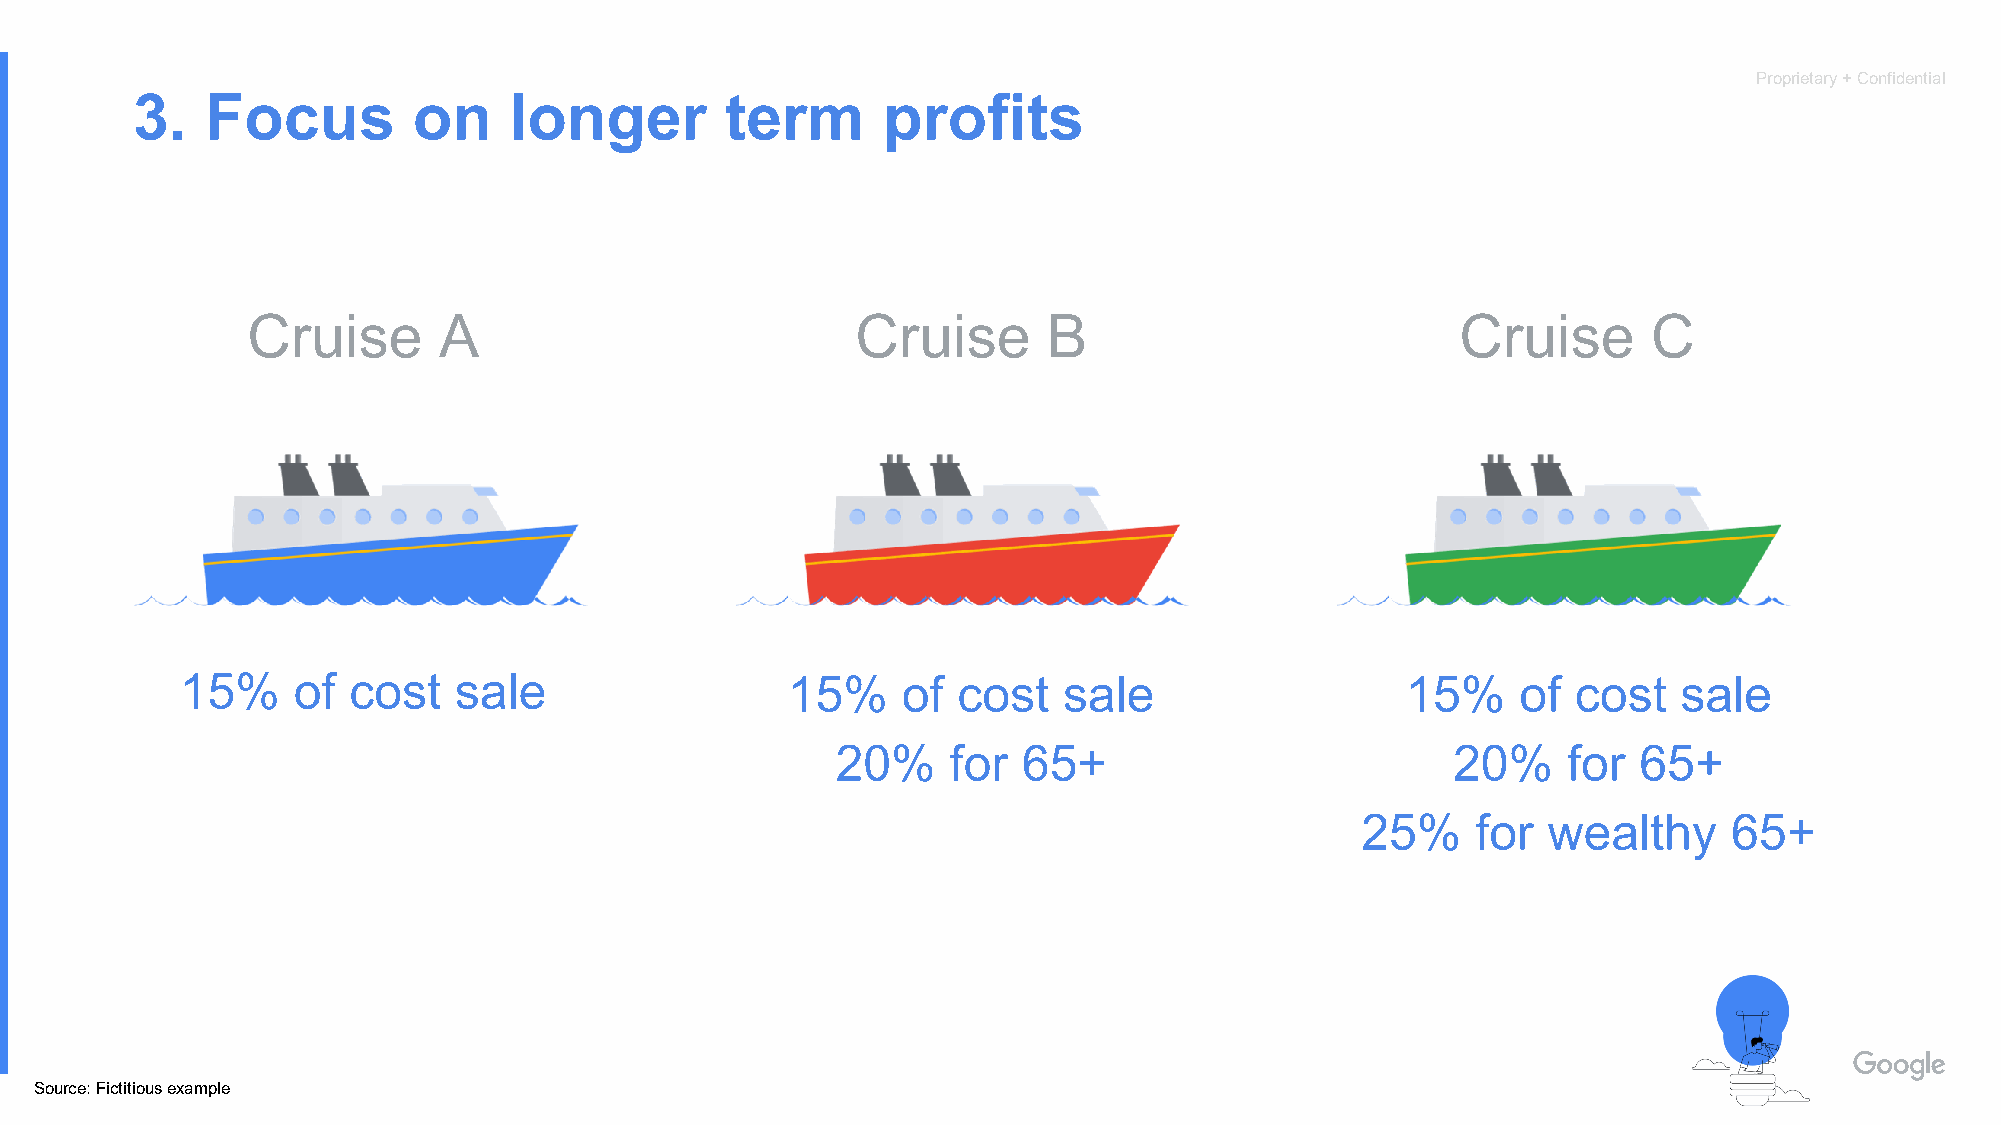
Proprietary + Confidential
 3.   Focus        on     longer        term      profits
 Cruise       A                           Cruise      B                           Cruise      C
 15%    of  cost   sale                  15%     of cost   sale                   15%     of cost   sale
 20%     for  65+                         20%     for 65+
 25%     for wealthy      65+
 Source: Fictitious example